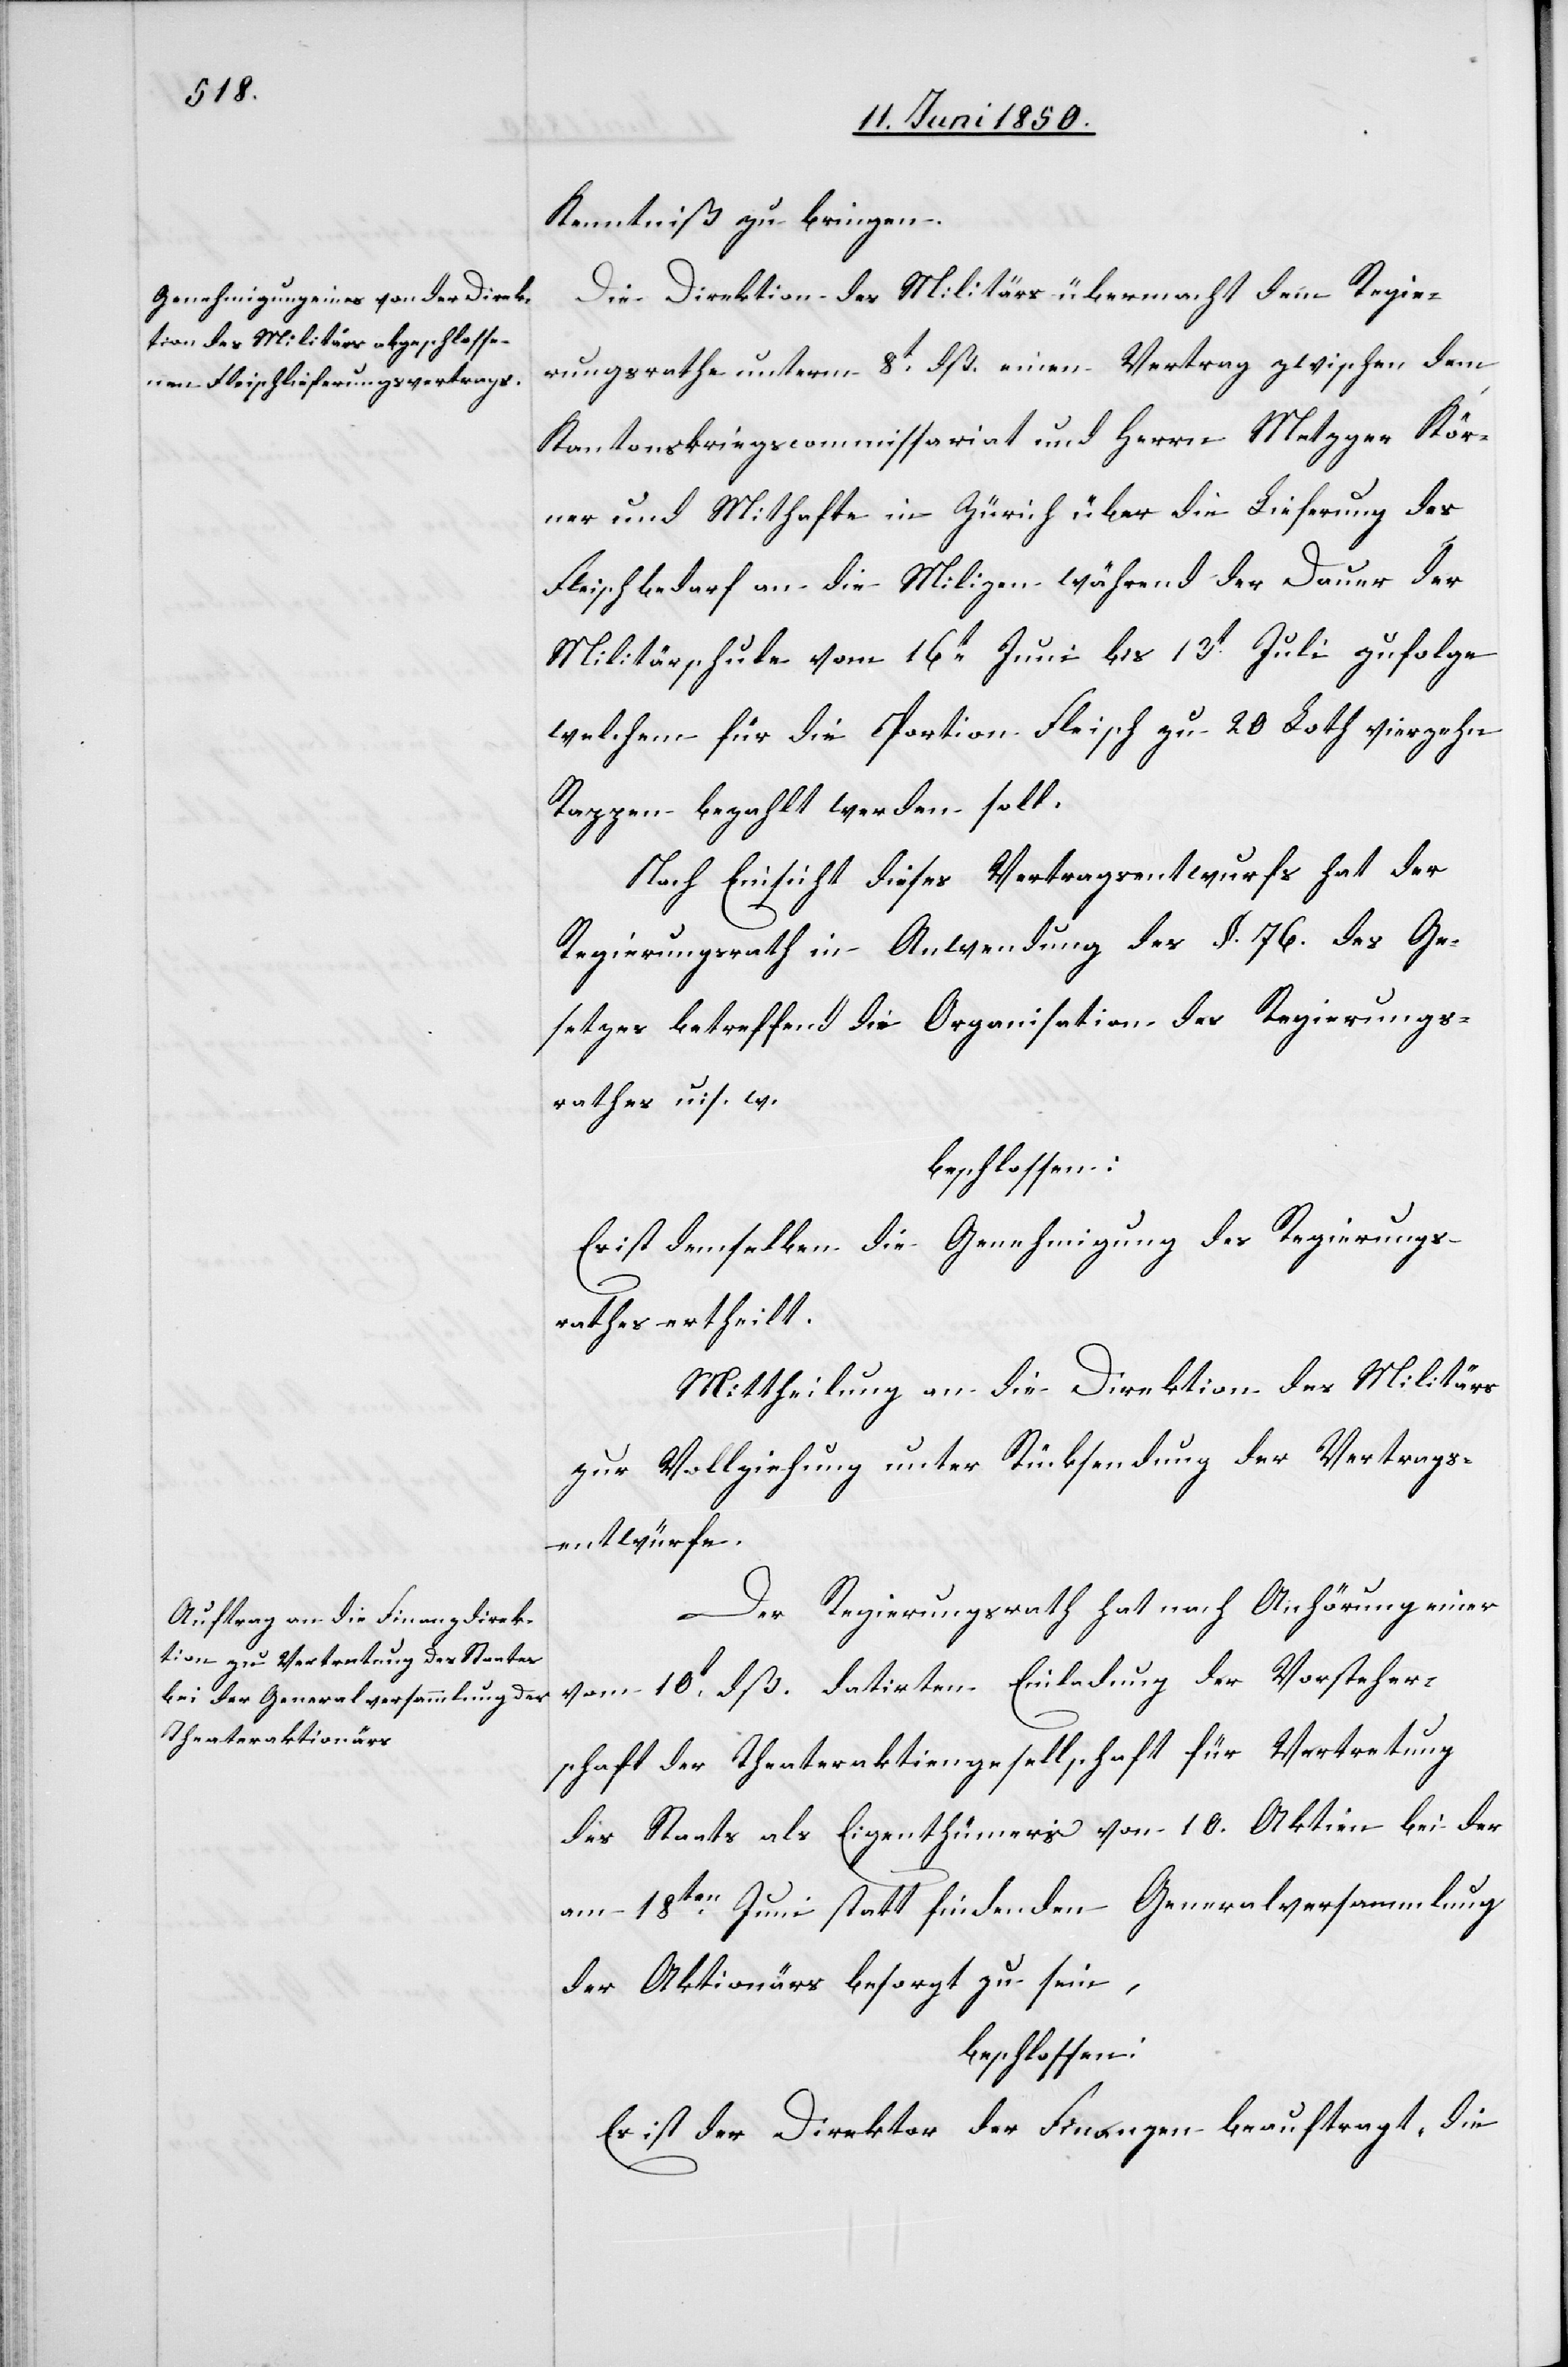
Kenntniß zu bringen.
Die Direktion des Militärs übermacht dem Regie¬
rungsrathe unterm 8t dß. einen Vertrag zwischen dem
Kantonskriegscommissariat und Herrn Metzger Kör¬
ner und Mithafte in Zürich über die Lieferung des
Fleischbedarf an die Milizen während der Dauer der
Militärschule vom 16t Juni bis 13t Juli zufolge
welchem für die Portion Fleisch zu 20 Loth vierzehn
Rappen bezahlt werden soll.
Nach Einsicht dieses Vertragsentwurfs hat der
Regierungsrath in Anwendung des §. 76. des Ge¬
setzes betreffend die Organisation des Regierungs¬
rathes u. s. w.
beschlossen:
Es ist demselben die Genehmigung des Regierungs¬
rathes ertheilt.
Mittheilung an die Direktion des Militärs
zur Vollziehung unter Rücksendung der Vertrags¬
entwürfe.
Der Regierungsrath hat nach Anhörung einer
vom 10t dß. datirten Einladung der Vorsteher¬
schaft der Theateraktiengesellschaft für Vertretung
des Staats als Eigenthümers von 10. Aktien bei der
am 18ten Juni statt findenden Generalversammlung
der Aktionärs besorgt zu sein,
beschlossen:
Es ist der Direktor der Finanzen beauftragt, die